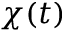
\chi ( t )